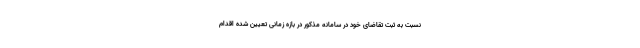
نسبت به ثبت تقاضای خود در سامانه مذکور در بازه زمانی تعیین شده اقدام